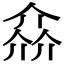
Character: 𠌕